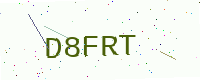
Text: D8FRT